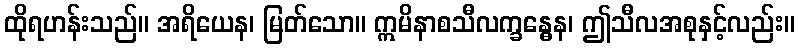
ထိုရဟန်းသည်။ အရိယေန၊ မြတ်သော။ ဣမိနာစသီလက္ခန္ဓေန၊ ဤသီလအစုနှင့်လည်း။